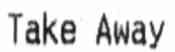
TAKE AWAY